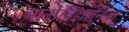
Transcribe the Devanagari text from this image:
मानोविज्ञानिक